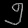
Digit: ၅